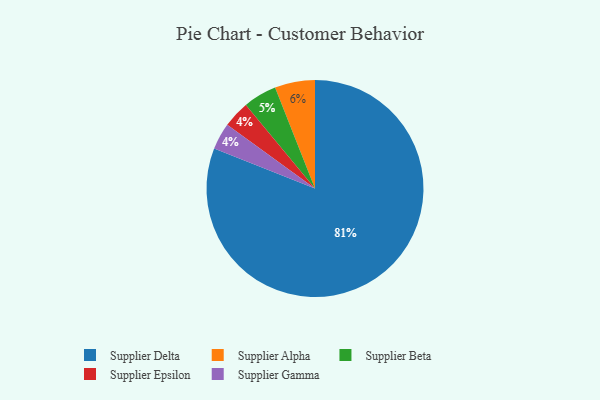
{"axis": {"x": "Category", "y": "Percentage"}, "legend": ["Supplier Alpha", "Supplier Beta", "Supplier Delta", "Supplier Epsilon", "Supplier Gamma"], "data": [{"x": "Supplier Beta", "y": 5, "type": "Supplier Beta"}, {"x": "Supplier Epsilon", "y": 4, "type": "Supplier Epsilon"}, {"x": "Supplier Delta", "y": 81, "type": "Supplier Delta"}, {"x": "Supplier Gamma", "y": 4, "type": "Supplier Gamma"}, {"x": "Supplier Alpha", "y": 6, "type": "Supplier Alpha"}]}